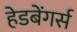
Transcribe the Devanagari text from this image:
हेडबेंगर्स